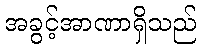
အခွင့်အာဏာရှိသည်